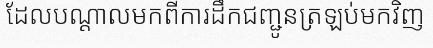
ដែលបណ្តាលមកពីការដឹកជញ្ជូនត្រឡប់មកវិញ